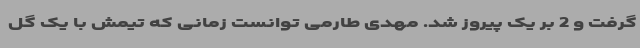
گرفت و 2 بر یک پیروز شد. مهدی طارمی توانست زمانی که تیمش با یک گل